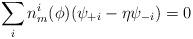
LaTeX: \begin{align*}\sum_i n_m^i(\phi) (\psi_{+i} -\eta \psi_{-i})=0\end{align*}